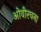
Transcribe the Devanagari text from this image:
ओवीरचना